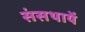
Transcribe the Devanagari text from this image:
संसथायें